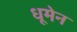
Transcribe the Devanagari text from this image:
धूमेन